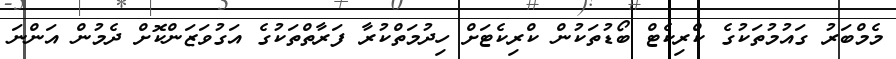
މެމްބަރު ގައުމުތަކުގެ ކްރިކެޓް ބޯޑުތަކުން ކްރިކެޓަށް ހިދުމަތްކުރާ ފަރާތްތަކުގެ އަގުވަޒަންކޮށް ދެމުން އަންނަަ